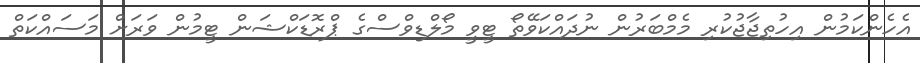
އެހެންކަމުން އިހުތިޖާޖުކުރި މެމްބަރުން ނުދައްކަވޭތޯ ޓީވީ މޯލްޑިވްސްގެ ޕްރޮޑަކްޝަން ޓީމުން ވަރަށް މަސައްކަތް